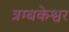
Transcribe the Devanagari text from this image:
त्रम्बकेश्वर